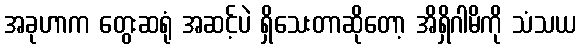
အခုဟာက တွေးဆရုံ အဆင့်ပဲ ရှိသေးတာဆိုတော့ အိရှိဂါမိကို သံသယ